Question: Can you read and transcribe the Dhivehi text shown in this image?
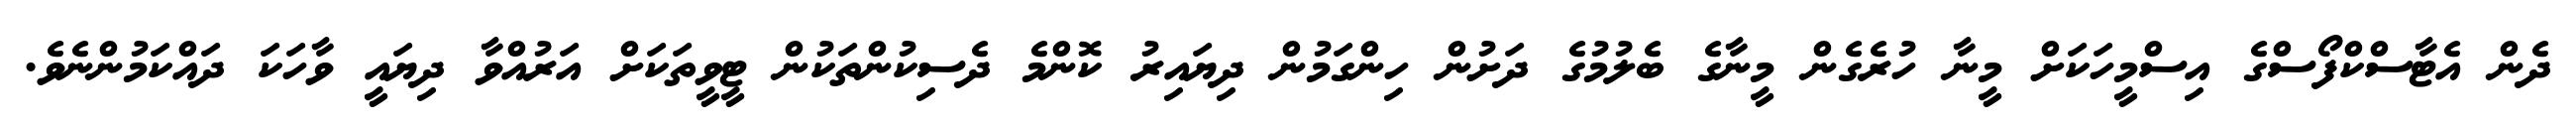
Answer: ދެން އެޓާސްކްފޯސްގެ އިސްމީހަކަށް މީނާ ހުރެގެން މީނާގެ ބެލުމުގެ ދަށުން ހިންގަމުން ދިޔައިރު ކޮންމެ ދެސިކުންތަކުން ޓީވީތަކަށް އަރުއްވާ ދިޔައީ ވާހަކަ ދައްކަމުންނެވެ.